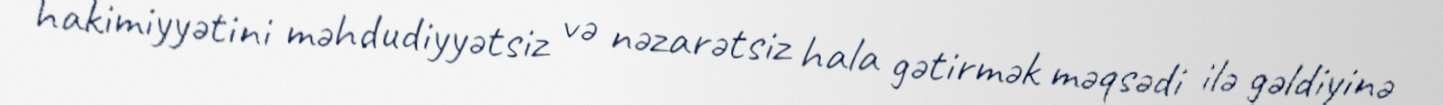
hakimiyyətini məhdudiyyətsiz və nəzarətsiz hala gətirmək məqsədi ilə gəldiyinə